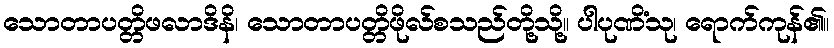
သောတာပတ္တိဖလာဒိနိ၊ သောတာပတ္တိဖိုလ်စသည်တို့သို့။ ပါပုဏိံသု၊ ရောက်ကုန်၏။